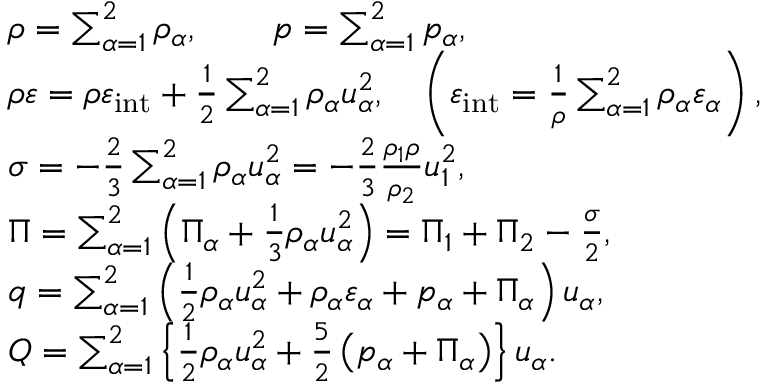
\begin{array} { r l } & { \rho = \sum _ { \alpha = 1 } ^ { 2 } \rho _ { \alpha } , \qquad p = \sum _ { \alpha = 1 } ^ { 2 } p _ { \alpha } , } \\ & { \rho \varepsilon = \rho \varepsilon _ { \mathrm { i n t } } + \frac { 1 } { 2 } \sum _ { \alpha = 1 } ^ { 2 } \rho _ { \alpha } u _ { \alpha } ^ { 2 } , \quad \left( \varepsilon _ { \mathrm { i n t } } = \frac { 1 } { \rho } \sum _ { \alpha = 1 } ^ { 2 } \rho _ { \alpha } \varepsilon _ { \alpha } \right) , } \\ & { \sigma = { - \frac { 2 } { 3 } \sum _ { \alpha = 1 } ^ { 2 } \rho _ { \alpha } u _ { \alpha } ^ { 2 } } = - \frac { 2 } { 3 } \frac { \rho _ { 1 } \rho } { \rho _ { 2 } } u _ { 1 } ^ { 2 } , } \\ & { \Pi = \sum _ { \alpha = 1 } ^ { 2 } \left( \Pi _ { \alpha } + \frac { 1 } { 3 } \rho _ { \alpha } u _ { \alpha } ^ { 2 } \right) = \Pi _ { 1 } + \Pi _ { 2 } - \frac { \sigma } { 2 } , } \\ & { q = \sum _ { \alpha = 1 } ^ { 2 } \left( \frac { 1 } { 2 } \rho _ { \alpha } u _ { \alpha } ^ { 2 } + \rho _ { \alpha } \varepsilon _ { \alpha } + p _ { \alpha } + \Pi _ { \alpha } \right) u _ { \alpha } , } \\ & { Q = \sum _ { \alpha = 1 } ^ { 2 } \left\{ \frac { 1 } { 2 } \rho _ { \alpha } u _ { \alpha } ^ { 2 } + \frac { 5 } { 2 } \left( p _ { \alpha } + \Pi _ { \alpha } \right) \right\} u _ { \alpha } . } \end{array}